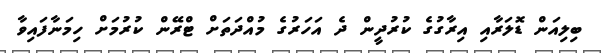
ބިލިއަން ޑޮލަރާއި އިރާގުގެ ކުރުދީން ދެ އަހަރުގެ މުއްދަތަށް ޓްރޭން ކުރުމަށް ހިމަނާފައިވާ